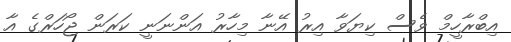
އިބްރާހީމް ވެސް ކިޔަވާ އިރު އޭނާ މިހާރު އަންނަނީ ކަރަން ޖޯހަރްގެ އާ